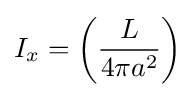
I_{x}=\left({\frac {L}{4\pi a^{2}}}\right)